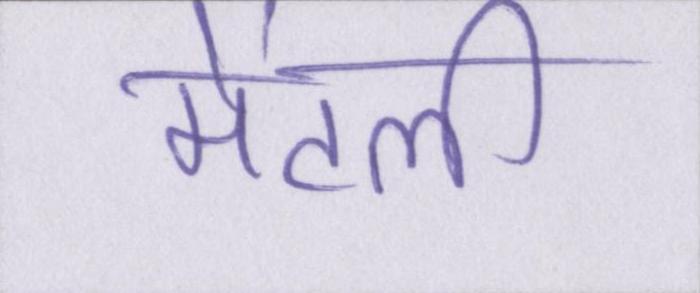
मेंटली